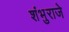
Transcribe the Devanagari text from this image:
शंभुराजे